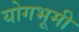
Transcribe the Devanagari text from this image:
योगभूमी